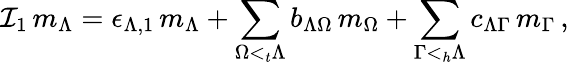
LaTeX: {\mathcal I}_{1}\, m_{\Lambda}=\epsilon_{\Lambda,1}\, m_{\Lambda}+\sum_{\Omega<_{t}\Lambda}b_{\Lambda\Omega}\, m_{\Omega}+\sum_{\Gamma<_{h}\Lambda}c_{\Lambda\Gamma}\, m_{\Gamma}\, ,